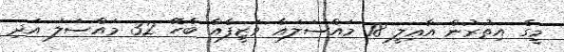
މީގެ އިތުރުން އާޢިލީ 18 މައްސަލައާ ވަޒީފާއާ ބެހޭ 32 މައްސަލަ އަދި